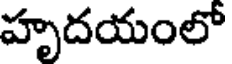
హృదయంలో